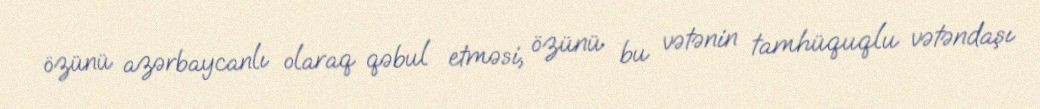
özünü azərbaycanlı olaraq qəbul etməsi, özünü bu vətənin tamhüquqlu vətəndaşı